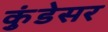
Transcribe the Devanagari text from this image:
कुंडेसर